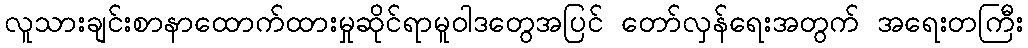
လူသားချင်းစာနာထောက်ထားမှုဆိုင်ရာမူဝါဒတွေအပြင် တော်လှန်ရေးအတွက် အရေးတကြီး